Report on lock hospitals in British Burma
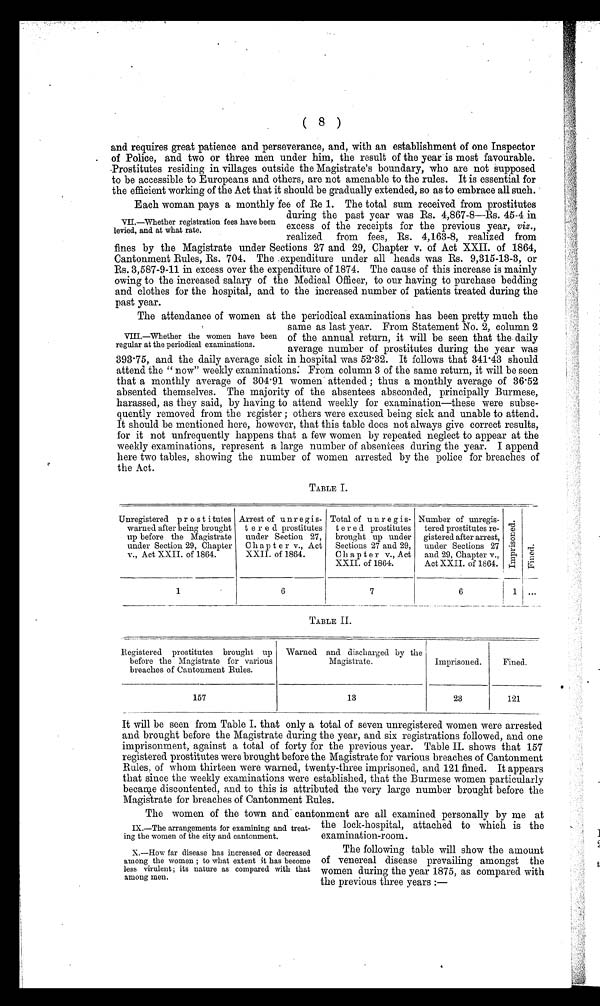
( 8 )
and requires great patience and perseverance, and, with an establishment of one Inspector
of Police, and two or three men under him, the result of the year is most favourable
.Prostitutes residing in villages outside the Magistrate's boundary, who are not supposed
to be accessible to Europeans and others, are not amenable to the rules. It is essential for
the efficient working of the Act that it should be gradually extended, so as to embrace all such.
Each woman pays a monthly fee of Re 1. The total sum received from prostitutes
during the past year was Rs. 4,867-8—Rs. 45-4 in
excess of the receipts for the previous year, viz.,
realized from fees, Rs. 4,163-8, realized from
fines by the Magistrate under Sections 27 and 29, Chapter v. of Act XXII. of 1864,
Cantonment Rules, Rs. 704. The .expenditure under all heads was Rs. 9,315-13-3, or
Rs. 3,587-9-11 in excess over the expenditure of 1874. The cause of this increase is mainly
owing to the increased salary of the Medical Officer, to our having to purchase bedding
and clothes for the hospital, and to the increased number of patients treated during the
past year.
The attendance of women at the periodical examinations has been pretty much the
same as last year. From Statement No. 2, column 2
of the annual return, it will be seen that the daily
average number of prostitutes during the year was
393.75, and the daily average sick in hospital was 52.32. It follows that 341.43 should
attend the " now" weekly examinations: From column 3 of the same return, it will be seen
that a monthly average of 304.91 women . attended ; thus a monthly average of 36.52
absented themselves. The majority of the absentees absconded, principally Burmese,
harassed, as they said, by having to attend weekly for examination—these were subse-
quently removed from the register ; others were excused being sick and unable to attend.
It should be mentioned here, however, that this table does not always give correct results,
for it not unfrequently happens that a few women by repeated neglect to appear at the
weekly examinations, represent a large number of absentees during the year. I append
here two tables, showing the number of women arrested by the police for breaches of
the Act.
TABLE I.
Unregistered p r o s t i tutes
warned after being brought
up before the Magistrate
under Section 29, Chapter
v., Act XXII. of 1864.
Arrest of u n r e g i s-
t e r e d. prostitutes
under Section 27,
C h a p t e r v., Act
XXII. of 1864.
Total of u n r e g i s-
t e r e d prostitutes
brought up under
Sections 27 and 29,
C h a p t e r v., Act
XXII. of 1864.
Number of unregis-
tered prostitutes re-
gistered after arrest,
under Sections 27
and 29, Chapter v.,
Act XXII. of 1864.
I m p r i s o n e d .
Fi ned.
1
6
7
6
1 ...
TABLE II.
R l e g i s t e r e d
p r o s t i t u t e s
b r o u g h t
u p
before the Magistrate for various
breaches of Cantonment Rules.
Warned and discharged by the
Magistrate.
Imprisoned.
Fined.
157
13
23
121
It will be seen from Table I. that only a total of seven unregistered women were arrested
and brought before the Magistrate during the year, and six registrations followed, and one
imprisonment, against a total of forty for the previous year. Table II. shows that 157
registered prostitutes were brought before the Magistrate for various breaches of Cantonment
Rules, of whom thirteen were warned, twenty-three imprisoned, and 121 fined. It appears
that since the weekly examinations were established, that the Burmese women particularly
became discontented, and to this is attributed the very large number brought before the
Magistrate for breaches of Cantonment Rules.
The women of the town and cantonment are all examined personally by me at
the lock-hospital, attached to which is the
examination-room.
The following table will show the amount
of venereal disease prevailing amongst the
women during the year 1875, as compared with
the previous three years :—
VII,—Whether registration fees have been
levied, and at what rate.
VIII.—Whether the women have been
regular at the periodical examinations.
IX.—The arrangements for examining and treat-
ing the women of the city and cantonment.
X.—How far disease has increased or decreased
among the women ; to what extent it has become
less virulent ; its nature as compared with that
among men.